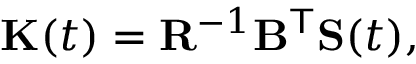
\mathbf { K } ( t ) = \mathbf { R } ^ { - 1 } \mathbf { B } ^ { \mathsf { T } } \mathbf { S } ( t ) ,